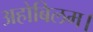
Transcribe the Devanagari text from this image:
अहोबिलम।